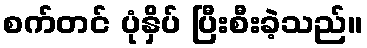
စက်တင် ပုံနှိပ် ပြီးစီးခဲ့သည်။